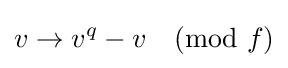
v\to v^{q}-v{\pmod {f}}